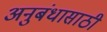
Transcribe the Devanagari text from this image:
अनुबंधासाठी